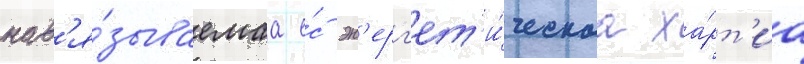
нав'я́зываемаа е́с эн'ерг'ет'и́ческаа ха́рт'иа